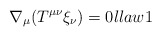
\begin{align*}\nabla_\mu (T^{\mu\nu} \xi_\nu )=0\l{law1}\end{align*}